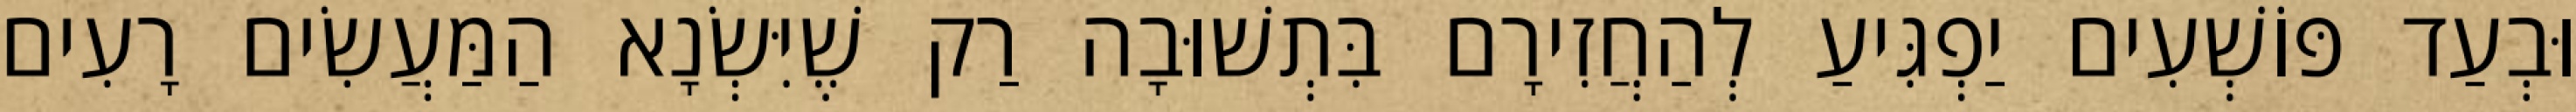
וּבְעַד פּוֹשְׁעִים יַפְגִּיעַ לְהַחֲזִירָם בִּתְשׁוּבָה רַק שֶׁיִּשְׂנָא הַמַּעֲשִׂים רָעִים